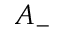
A _ { - }